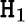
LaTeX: \mathtt{H}_{1}